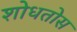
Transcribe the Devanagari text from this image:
शोधतोस